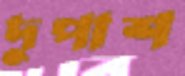
দুপাশ